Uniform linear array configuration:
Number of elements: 4
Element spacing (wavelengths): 0.5
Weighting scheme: cosine
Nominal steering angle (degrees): -30
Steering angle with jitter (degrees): -31.808
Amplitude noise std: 0.05
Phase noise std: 0.05

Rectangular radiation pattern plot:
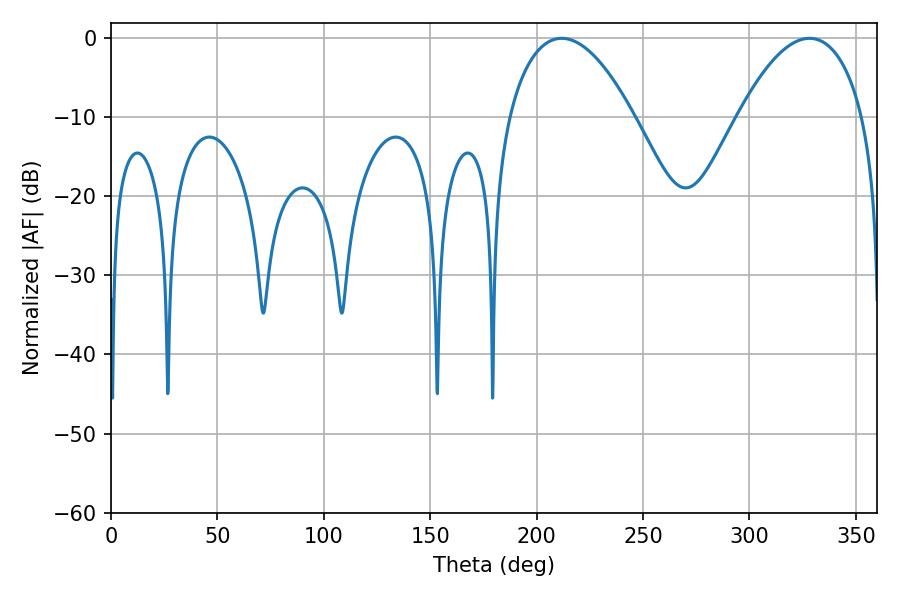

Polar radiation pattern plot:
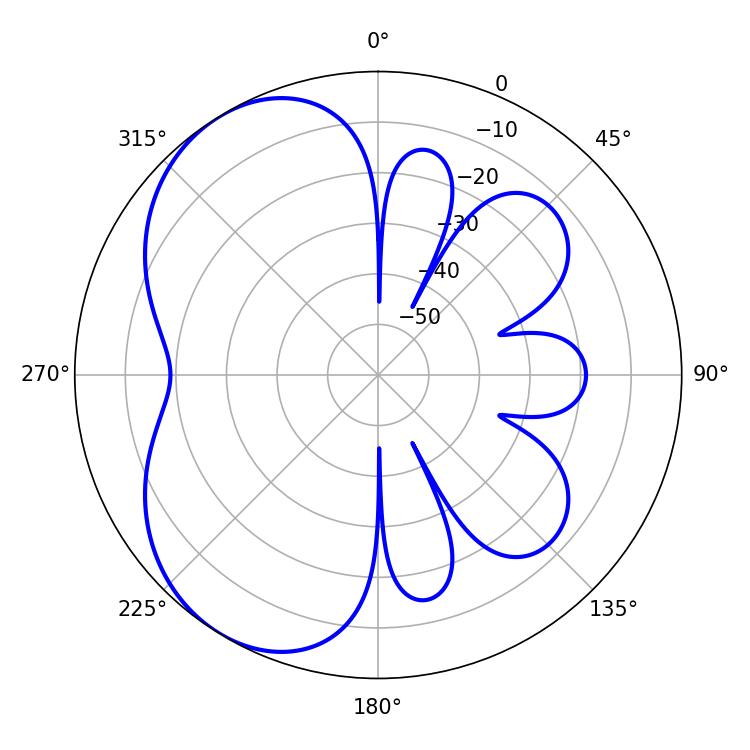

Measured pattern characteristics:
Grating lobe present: FALSE
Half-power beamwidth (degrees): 32.76
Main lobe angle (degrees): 211.68